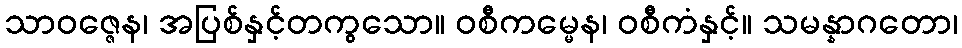
သာဝဇ္ဇေန၊ အပြစ်နှင့်တကွသော။ ဝစီကမ္မေန၊ ဝစီကံနှင့်။ သမန္နာဂတော၊